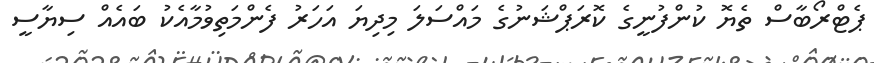
ޕެޓްރޯބާސް ތެޔޮ ކުންފުނީގެ ކޮރަޕްޝަނުގެ މައްސަލަ މިދިޔަ އަހަރު ފެންމަތިވުމާއެކު ބައެއް ސިޔާސީ